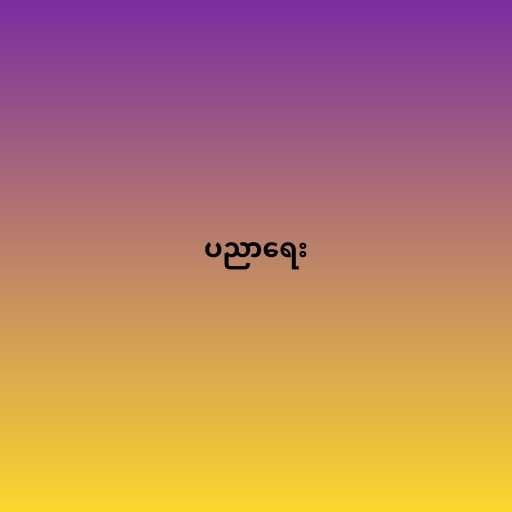
ပညာရေး